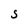
Character: S